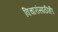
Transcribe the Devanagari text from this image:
विचारांसाठीही